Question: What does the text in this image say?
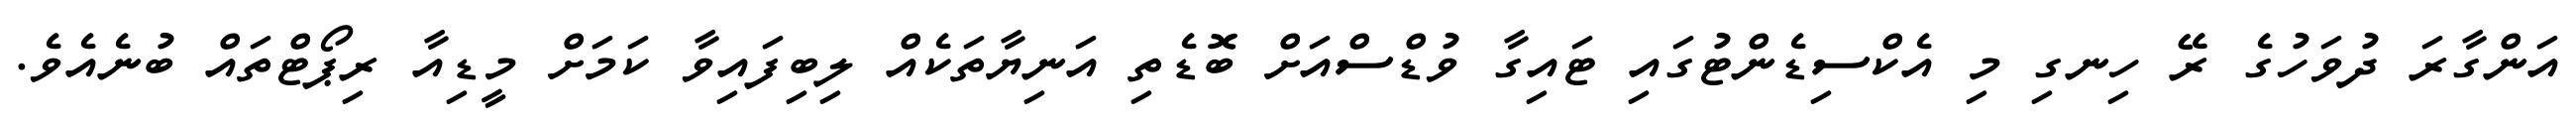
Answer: އަންގާރަ ދުވަހުގެ ރޭ ހިނގި މި އެކްސިޑެންޓުގައި ޓައިގާ ވުޑްސްއަށް ބޮޑެތި އަނިޔާތަކެއް ލިބިފައިވާ ކަމަށް މީޑިއާ ރިޕޯޓްތައް ބުނެއެވެ.